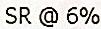
SR @ 6%